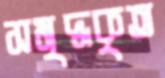
সমৃদ্ধকৃত